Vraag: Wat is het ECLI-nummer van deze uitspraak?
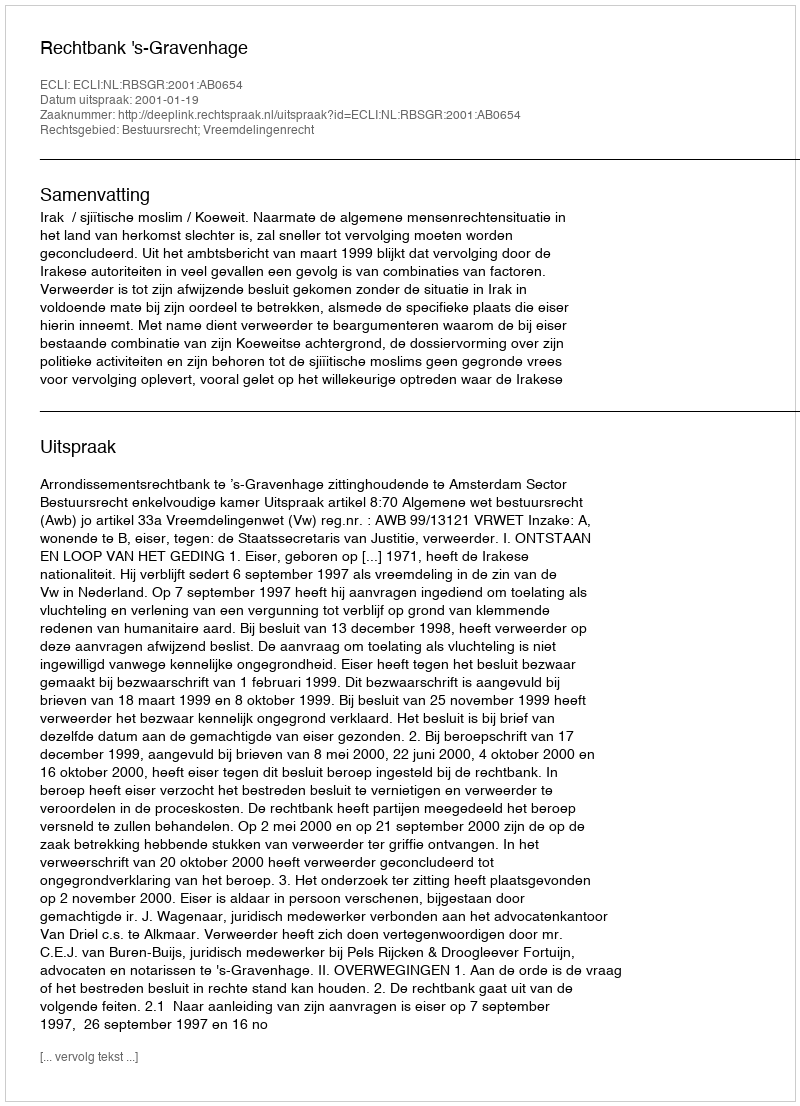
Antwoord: ECLI:NL:RBSGR:2001:AB0654